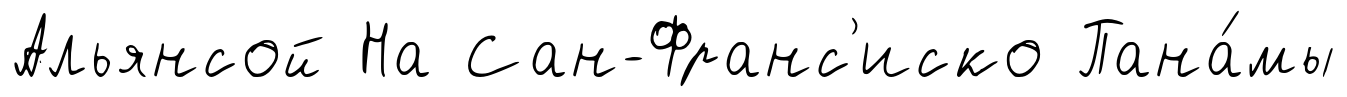
Альянсой На Сан-Франс'иско Пана́мы